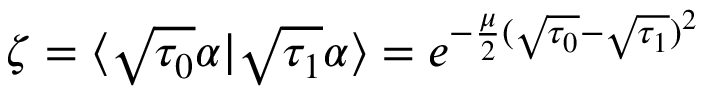
\zeta = \langle \sqrt { \tau _ { 0 } } \alpha | \sqrt { \tau _ { 1 } } \alpha \rangle = e ^ { - \frac { \mu } { 2 } ( \sqrt { \tau _ { 0 } } - \sqrt { \tau _ { 1 } } ) ^ { 2 } }